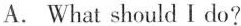
A. What should I do?